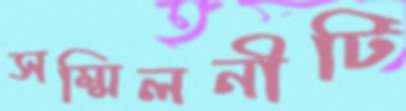
সম্মিলনীটি